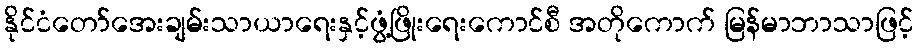
နိုင်ငံတော်အေးချမ်းသာယာရေးနှင့်ဖွံ့ဖြိုးရေးကောင်စီ အတိုကောက် မြန်မာဘာသာဖြင့်